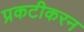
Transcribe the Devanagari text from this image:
प्रकटीकरन